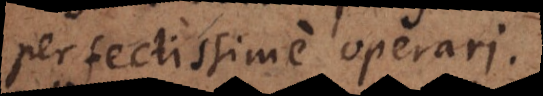
perfectissime operari.